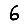
Digit: 6